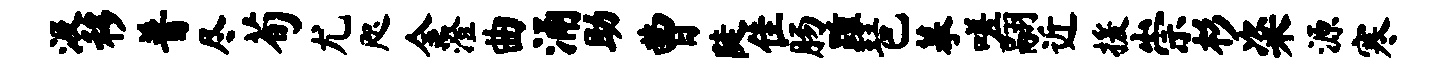
汲移普尽荀尤咫金澄曲涌助曹陡隹肠踵琶摹嗟翮近援崇杉粢源寒